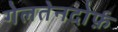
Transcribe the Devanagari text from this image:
गेलतेनदोर्फ़